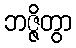
ဘဇ္ဇိတွာ